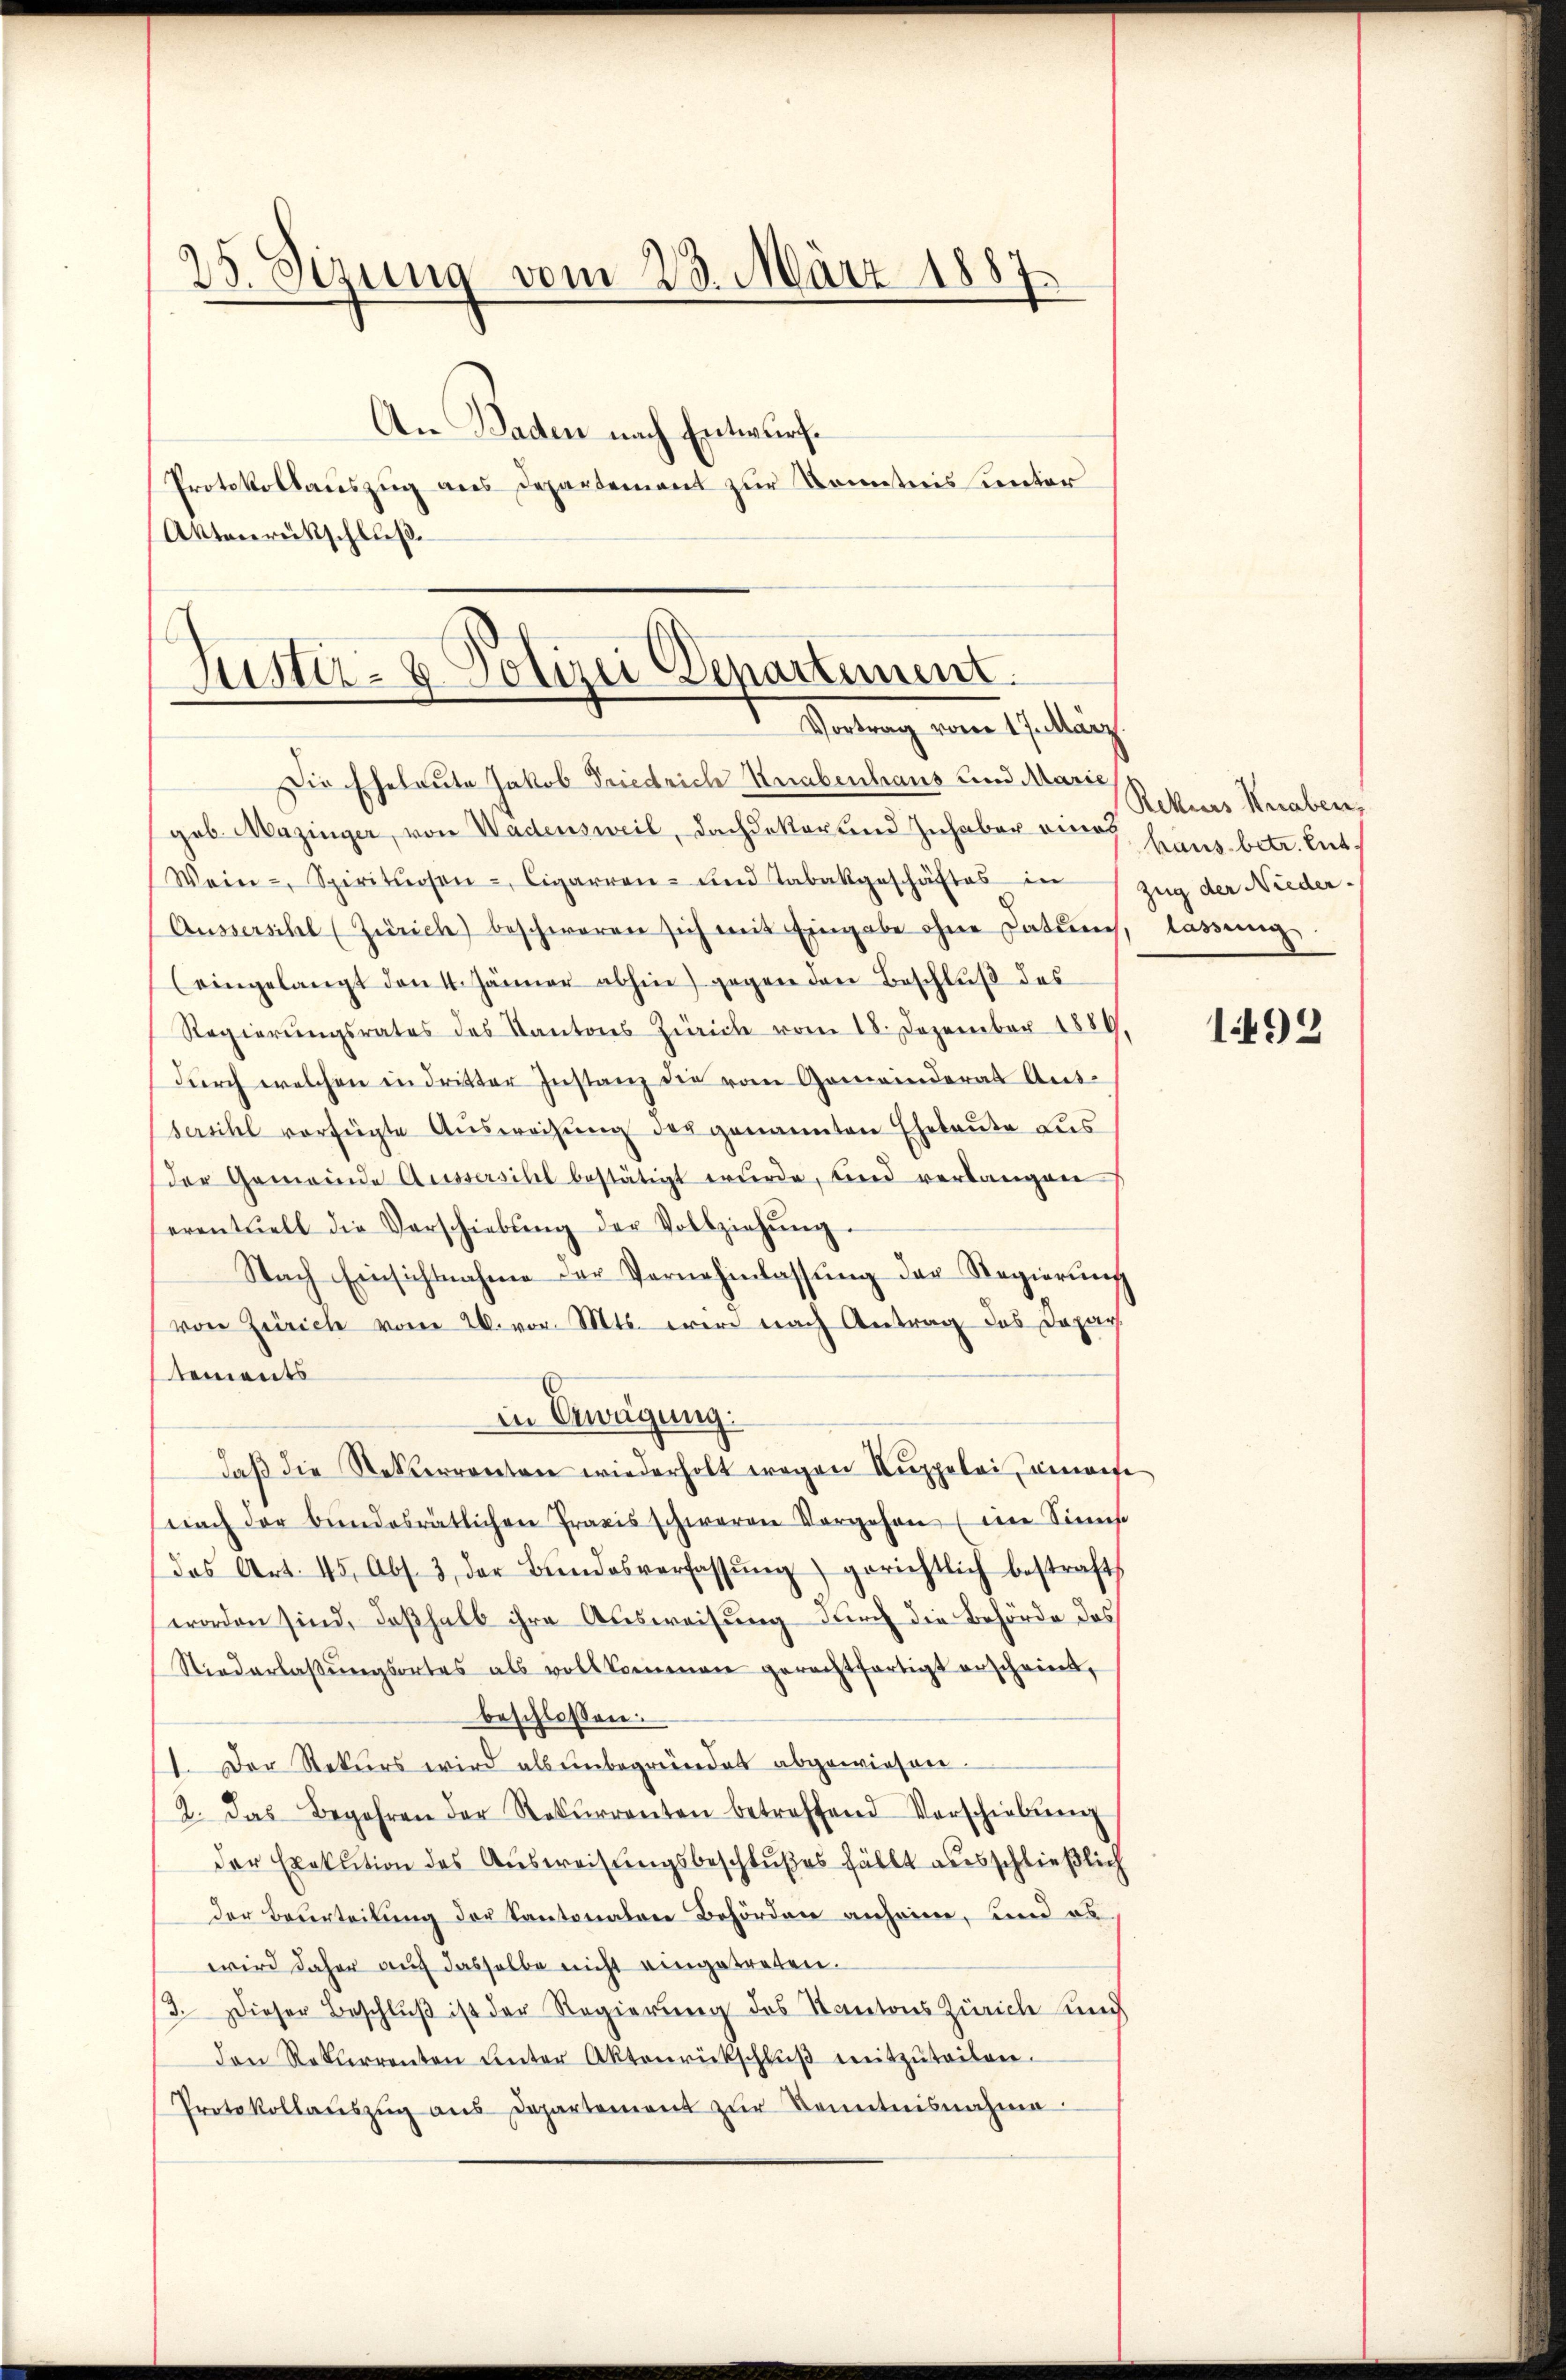
9
25. Sizung vom 23. März 1887.
An Baden nach Entwurf
Protokollauszug aus Departement zur Kenntnis unter
Aktenrückschluß.

Justier- 8. Polizei Departement.
Virtung von Geltung

Die Eheleute Jakob Friedrich Knabenhaus und Marie
geb. Mazinger, von Wadensweil, Dachdekortend Inhaber einer haus betr. Ent
Wein - Spirituosen-Cigarren- und Tabakgeschäftes in Zug der Nieder-
Ausserschel (Zürich) beschweren sich mit Eingabe ohne Datum, lassung
(eingelangt den 4. Jänner abhin) gegen den Beschlŭβ des
Regierŭngsrates des Kantons Zürich vom 18. Dezember 1889
durch welchen in dritter Instanz die vom Gemeinderat Antsersihl vorfügte Aŭsweisŭng der genannten Ehebaute Lus
der Gemeinde Aussersihl bestätigt wurde, und verlangen
eventuell die Verschiebŭng der Vollziehŭng.
Nach Einsichtnahme der Vernehmlassŭng der Regierung
von Zürich vom 26. vor. Mts. wir nach Antrag des Dapar
tements
in Erwägung:
daß die Rekurrenten wiederholt wegen Kuppelei unanfe
nach der bundesrätlichen Praxis schweren Vorgehen (im Sinnst
das Art. 45, Abs. 3 der Bŭndesverfassŭng gerichtlich bestraft,
worden sind, deßhalb ihre Ausweisung durch die Behörde das
Niederlaβŭngsortes als vollkommen gerechtfertigt erscheint,
beschlossen:
1. Der Rekurs wird als unbegründet abgewiesen.
2. Das Begehren der Rekŭrrenten betreffend Vorschiebŭng
der Exekution des Ausweisungsbeschlußes fällt ausschließlich
der Beurteilung der Kantonalen Behörden anheim, und ab
wird daher auch dasselbe nicht eingetreten.
3. Dieser Beschluß ist der Regierung des Kantons Zürich un
den Rekterrenten ŭnter Aktenrückschlŭβ mitzŭteilen.
Protokollaŭszŭg aŭs Departement zŭr Kenntnisnahme

Rekurs Knaben,

192